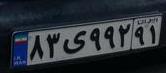
۸۳ی۹۹۲۹۱